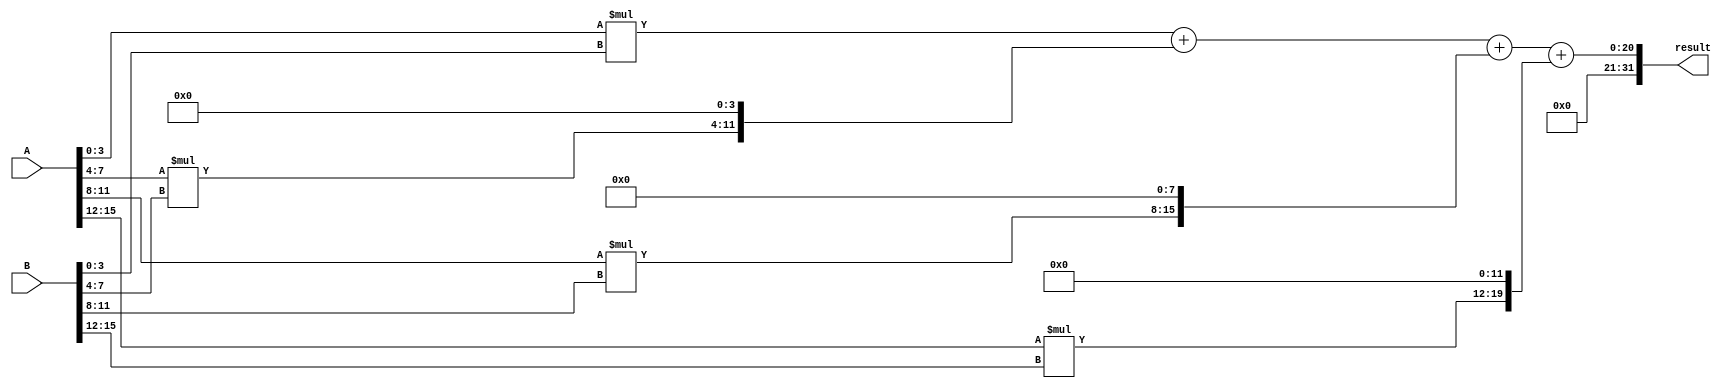
module Parallel_Booth_Multiplier (
    input [15:0] A,
    input [15:0] B,
    output reg [31:0] result
);

reg [15:0] partial_products [3:0];
reg [31:0] partial_sums [3:0];

// Arithmetic Block 0
always @* begin
    partial_products[0] = A[3:0] * B[3:0];
    partial_sums[0] = partial_products[0] << 0;
end

// Arithmetic Block 1
always @* begin
    partial_products[1] = A[7:4] * B[7:4];
    partial_sums[1] = partial_products[1] << 4;
end

// Arithmetic Block 2
always @* begin
    partial_products[2] = A[11:8] * B[11:8];
    partial_sums[2] = partial_products[2] << 8;
end

// Arithmetic Block 3
always @* begin
    partial_products[3] = A[15:12] * B[15:12];
    partial_sums[3] = partial_products[3] << 12;
end

// Final result
always @* begin
    result = partial_sums[0] + partial_sums[1] + partial_sums[2] + partial_sums[3];
end

endmodule